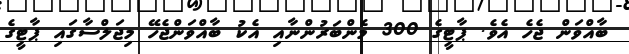
ބާއްވަން ޖެހެ އެވެ. ޕާޓީގެ 300 މެންބަރުންނާއި އެކު ބާއްވަންޖެހޭ މިޖަލްސާގައި ޕާޓީގެ